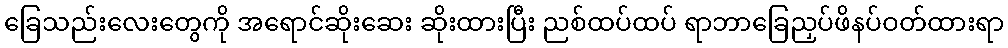
ခြေသည်းလေးတွေကို အရောင်ဆိုးဆေး ဆိုးထားပြီး ညစ်ထပ်ထပ် ရာဘာခြေညှပ်ဖိနပ်ဝတ်ထားရာ